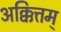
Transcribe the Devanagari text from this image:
अक्कित्तम्